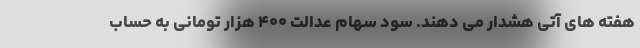
هفته های آتی هشدار می دهند. سود سهام عدالت ۴۰۰ هزار تومانی به حساب